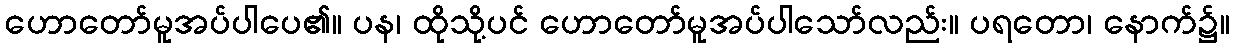
ဟောတော်မူအပ်ပါပေ၏။ ပန၊ ထိုသို့ပင် ဟောတော်မူအပ်ပါသော်လည်း။ ပရတော၊ နောက်၌။